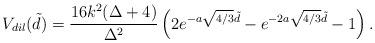
LaTeX: \begin{align*}V_{dil}(\tilde d)= \frac{16k^2(\Delta +4)}{\Delta^2}\left (2e^{-a \sqrt{4/3} \tilde d} - e^{-2a \sqrt{4/3} \tilde d} - 1\right ). \end{align*}